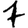
Digit: 7